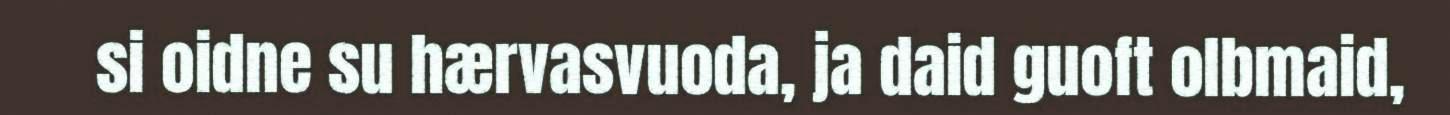
si oidne su hærvasvuoda, ja daid guoft olbmaid,